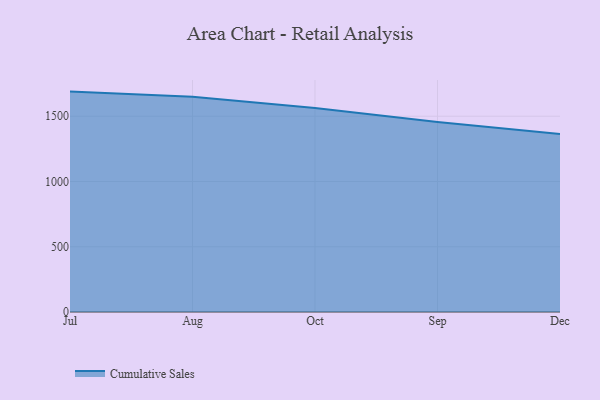
{"axis": {"x": "Month", "y": "LTV (USD)"}, "legend": ["Cumulative Sales"], "data": [{"x": "Jul", "y": 1688.8, "type": "Cumulative Sales"}, {"x": "Aug", "y": 1648.9, "type": "Cumulative Sales"}, {"x": "Oct", "y": 1563.6, "type": "Cumulative Sales"}, {"x": "Sep", "y": 1456.5, "type": "Cumulative Sales"}, {"x": "Dec", "y": 1364.0, "type": "Cumulative Sales"}]}